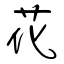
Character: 花